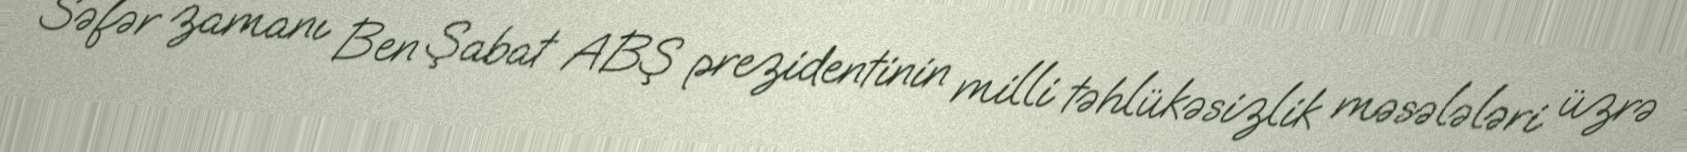
Səfər zamanı Ben Şabat ABŞ prezidentinin milli təhlükəsizlik məsələləri üzrə